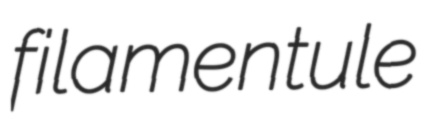
filamentule